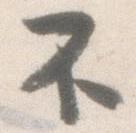
不